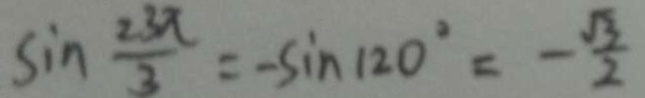
\sin \frac { 2 3 \pi } { 3 } = - \sin 1 2 0 ^ { \circ } = - \frac { \sqrt { 3 } } { 2 }